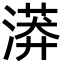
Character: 漭